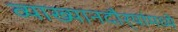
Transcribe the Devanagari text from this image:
व्याख्यानदौर्‍यांमध्ये